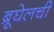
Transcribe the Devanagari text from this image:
ब्रूघेलची